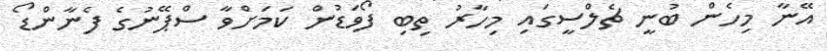
އޭނާ މިހެން ބުނީ ޗެލްސީގައި މިހާރު ތިބި ފޯވަޑުން ކަމަށްވާ ސްޕޭނުގެ ފެނާންޑޯ